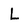
Character: L